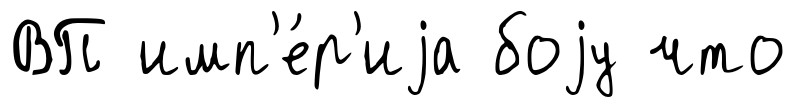
ВП имп'е́р'иjа боjу что